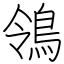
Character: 鴒